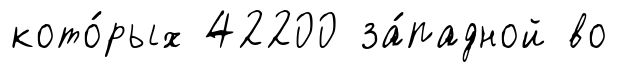
кото́рых 42200 за́падной во